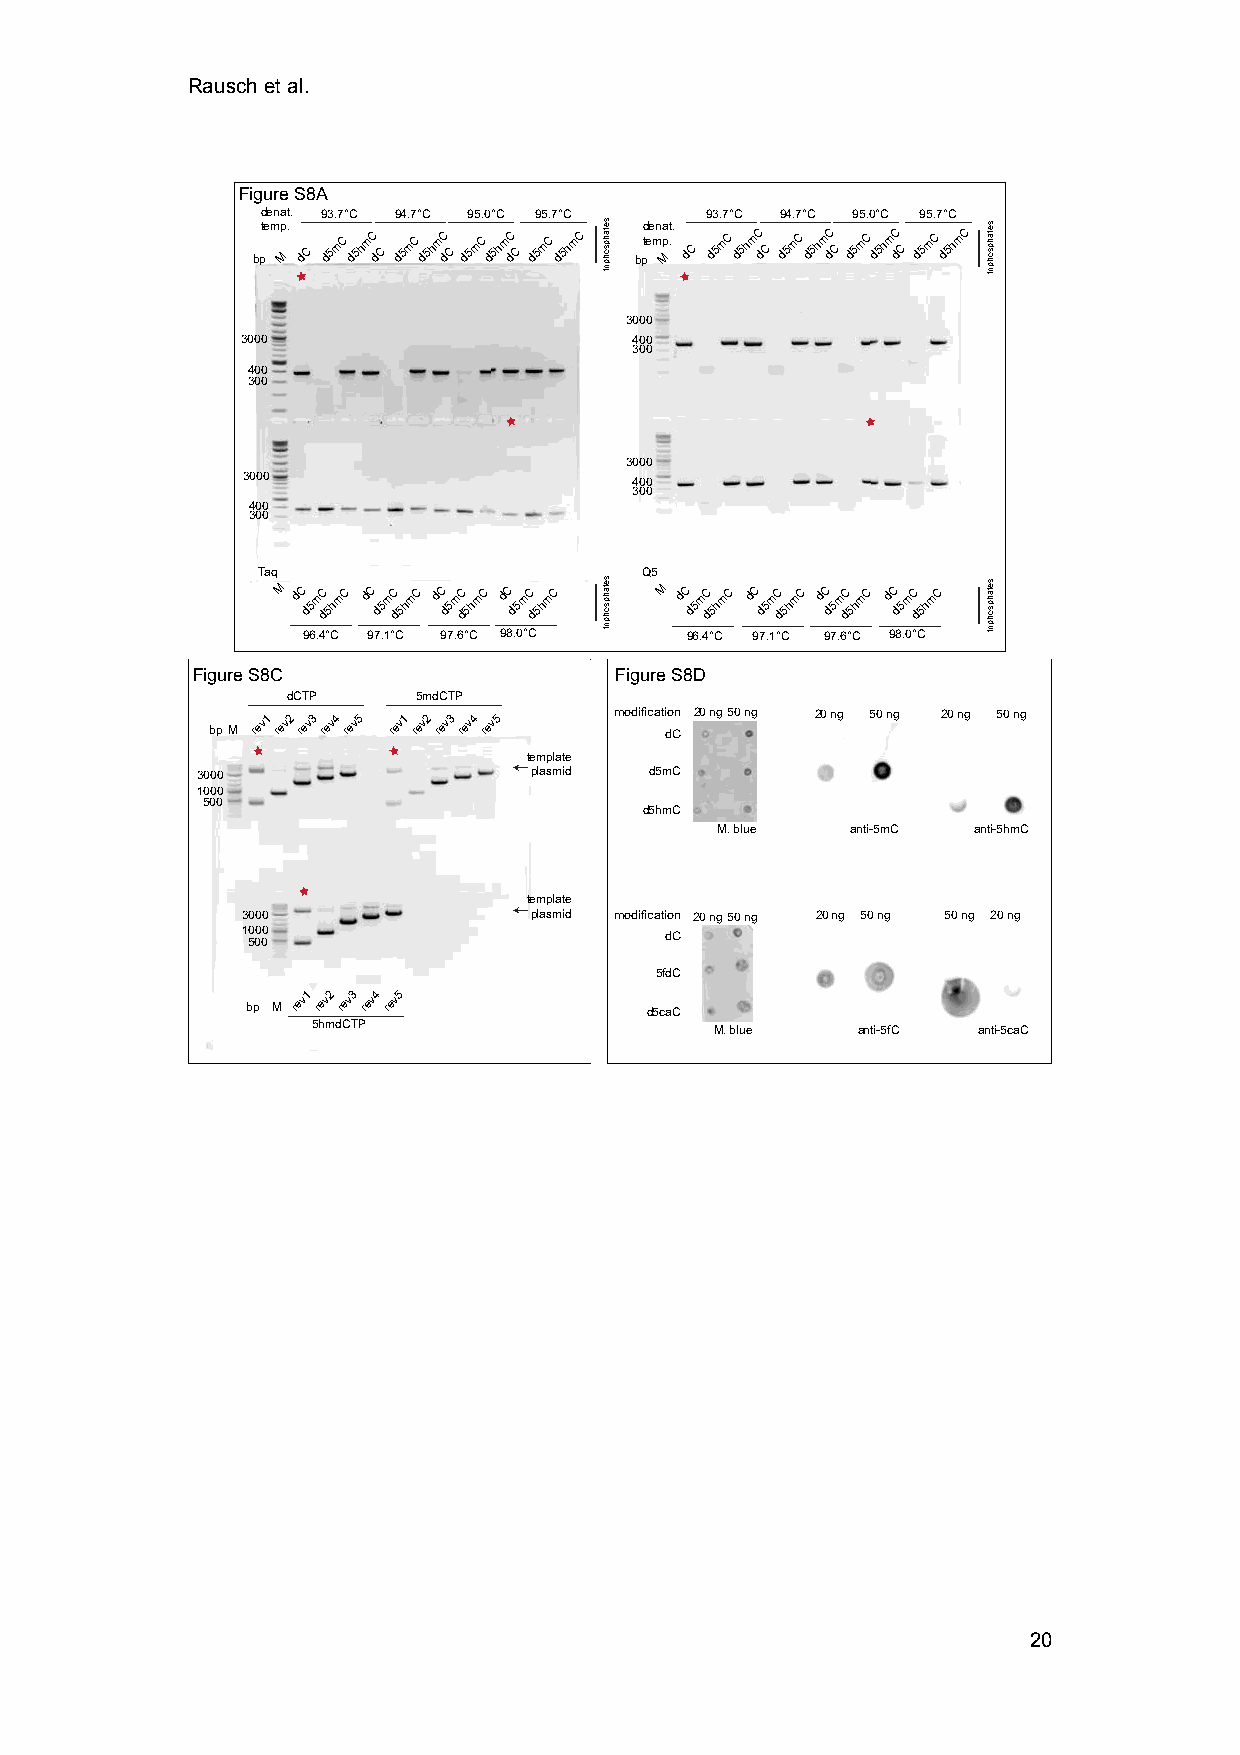
Rausch et al.
 Figure S8A
 denat. 93.7°C 94.7°C 95.0°C 95.7°C 93.7°C 94.7°C 95.0°C 95.7°C
 bptemp M.
 dC
 d5mC d5hmC
 dC
 d5mC d5hm dC
 C
 d5mC d5hm dC
 C
 d5mC d5hmC bpd tee mn pa M.t.
 dC
 d5mC d5hmC
 dC
 d5mC d5hm dC
 C
 d5mC d5hm dC
 C
 d5mC d5hmC
 3000
 3000                      400
 300
 400
 300
 3000
 3000                      400
 300
 400
 300
 Taq                       Q5
 M dC mC mC dC mC mC dC mC mC dC mC mC M dC mC mC dC mC mC dC mC mC dC mC mC
 d5 d5h d5 d5h d5 d5h d5 d5h d5 d5h d5 d5h d5 d5h d5 d5h
 96.4°C 97.1°C 97.6°C 98.0°C 96.4°C 97.1°C 97.6°C 98.0°C
 Figure S8C                  Figure S8D
 dCTP     5mdCTP
 bpM
 rev1 rev2 rev3 rev4 rev5 rev1 rev2 rev3 rev4 rev5 modificati do Cn 20 ng50 ng 20 ng 50 ng 20 ng 50 ng
 template
 3000                  plasmid d5mC
 1000
 500
 d5hmC
 M. blue  anti-5mC anti-5hmC
 template
 3000               plasmid modification 20 ng50 ng 20 ng 50 ng 50 ng 20 ng
 1000                        dC
 500
 5fdC
 bp M
 rev1 rev2 rev3 rev4 rev5
 d5caC
 5hmdCTP                   M. blue   anti-5fC anti-5caC
 20
 setahpsohpirt
 setahpsohpirt
 setahpsohpirt
 setahpsohpirt